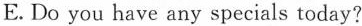
E.Do you have any specials today?